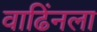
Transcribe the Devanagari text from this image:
वाढिंनला